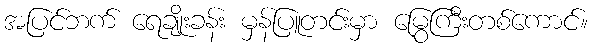
အပြင်ဘက် ရေချိုးခန်း မှန်ပြူတင်းမှာ မြွေကြီးတစ်ကောင်။